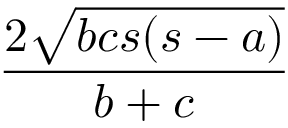
\frac { 2 { \sqrt { b c s ( s - a ) } } } { b + c }